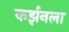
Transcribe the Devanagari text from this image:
कर्झनला